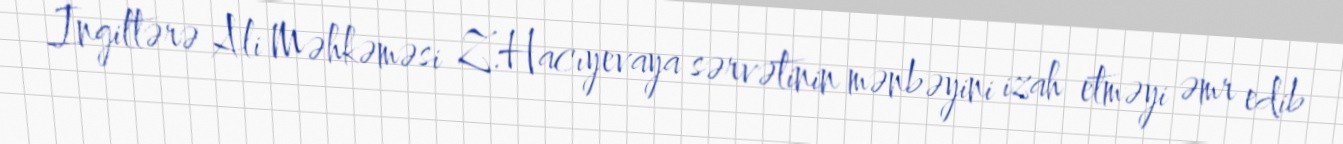
İngiltərə Ali Məhkəməsi Z.Hacıyevaya sərvətinin mənbəyini izah etməyi əmr edib